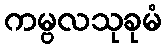
ကမ္ဗလသုခုမံ